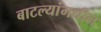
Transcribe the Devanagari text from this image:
बाटल्यांमधील